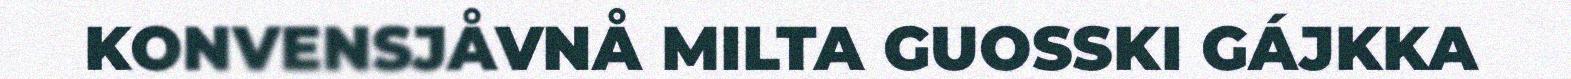
KONVENSJÅVNÅ MILTA GUOSSKI GÁJKKA